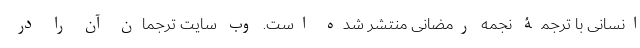
انسانی با ترجمۀ نجمه رمضانی منتشر شده است. وب سایت ترجمان آن را در